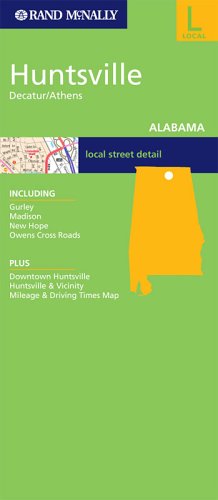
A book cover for Rand McNally Huntsville, Decatur/Athens: Local: Alabama (Rand McNally Folded Map: Cities); Rand Mcnally; Travel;